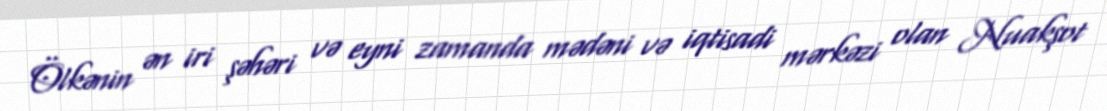
Ölkənin ən iri şəhəri və eyni zamanda mədəni və iqtisadi mərkəzi olan Nuakşot